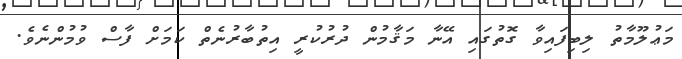
މަޢުލޫމާތު ލިބިފައިވާ ގޮތުގައި އޭނާ މަޤާމުން ދުރުކުރީ އިތުބާރުނެތް ކަމަށް ފާސް ވުމުންނެވެ.